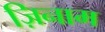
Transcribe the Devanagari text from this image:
ज़िनाम